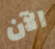
الآن